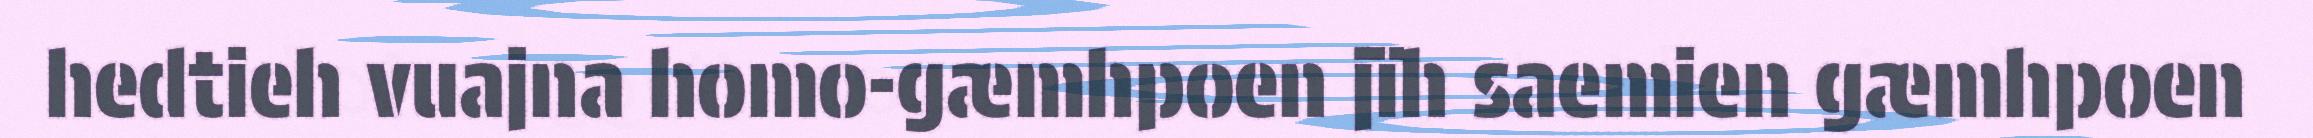
hedtieh vuajna homo-gæmhpoen jïh saemien gæmhpoen